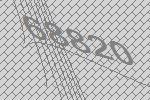
68820